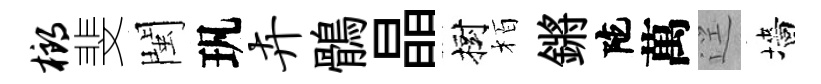
榔斐閩㺬卉鶻晶樹栢鏘陀萬逕墻